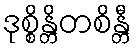
ဒုစ္စိန္တိတစိန္တီ